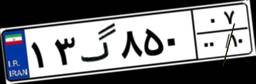
۱۱گ۵۵۹۱۵